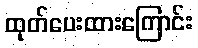
ထုတ်ပေးထားကြောင်း